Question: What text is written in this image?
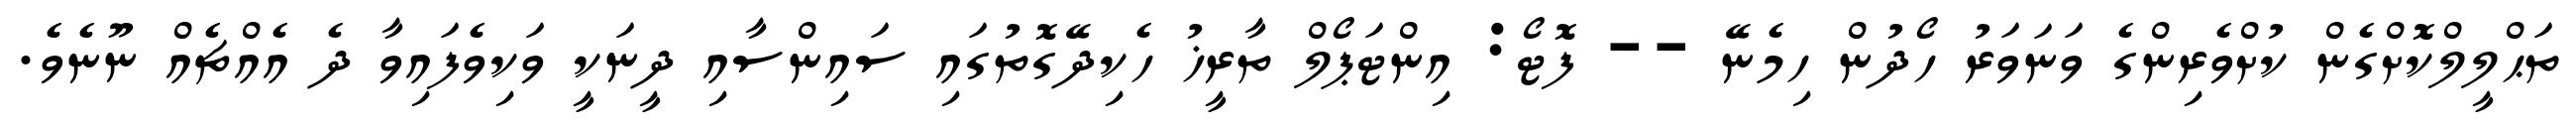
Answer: ތަޙްލީލްކޮށްގެން ކުށްވެރިންގެ ވަނަވަރު ހޯދުން ހިމެނޭ -- ފޮޓޯ: އިންޓަޕޯލް ތާރީޚު ހެކިދޭގޮތުގައި ސައިންސާއި ދީނަކީ ވަކިވެފައިވާ ދެ އެއްޗެއް ނޫނެވެ.